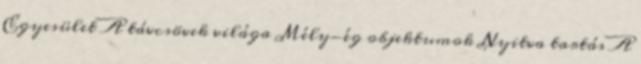
Egyesület A távcsövek világa Mély-ég objektumok Nyitva tartás A